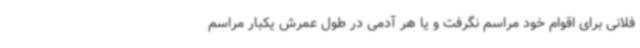
فلانی برای اقوام خود مراسم نگرفت و یا هر آدمی در طول عمرش یکبار مراسم